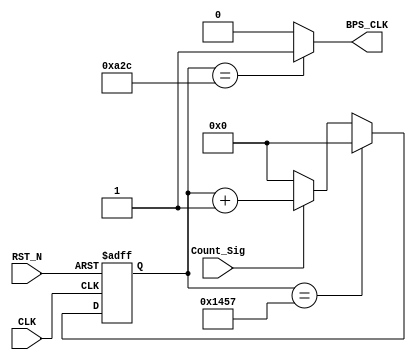
module tx_bps_module
(
    CLK, RST_N,
	 Count_Sig, 
	 BPS_CLK
);

    input CLK;
	 input RST_N;
	 input Count_Sig;
	 output BPS_CLK;
	 
	 /***************************/
	 
	 reg [12:0]Count_BPS;
	 
	 always @ ( posedge CLK or negedge RST_N )
	    if( !RST_N )
		     Count_BPS <= 13'd0;
		 else if( Count_BPS == 13'd5207 )
		     Count_BPS <= 13'd0;
		 else if( Count_Sig )
		     Count_BPS <= Count_BPS + 1'b1;
		 else
		     Count_BPS <= 13'd0;
			  
	 /********************************/

    assign BPS_CLK = ( Count_BPS == 13'd2604 ) ? 1'b1 : 1'b0;

    /*********************************/

endmodule